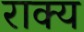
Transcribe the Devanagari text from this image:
राक्य